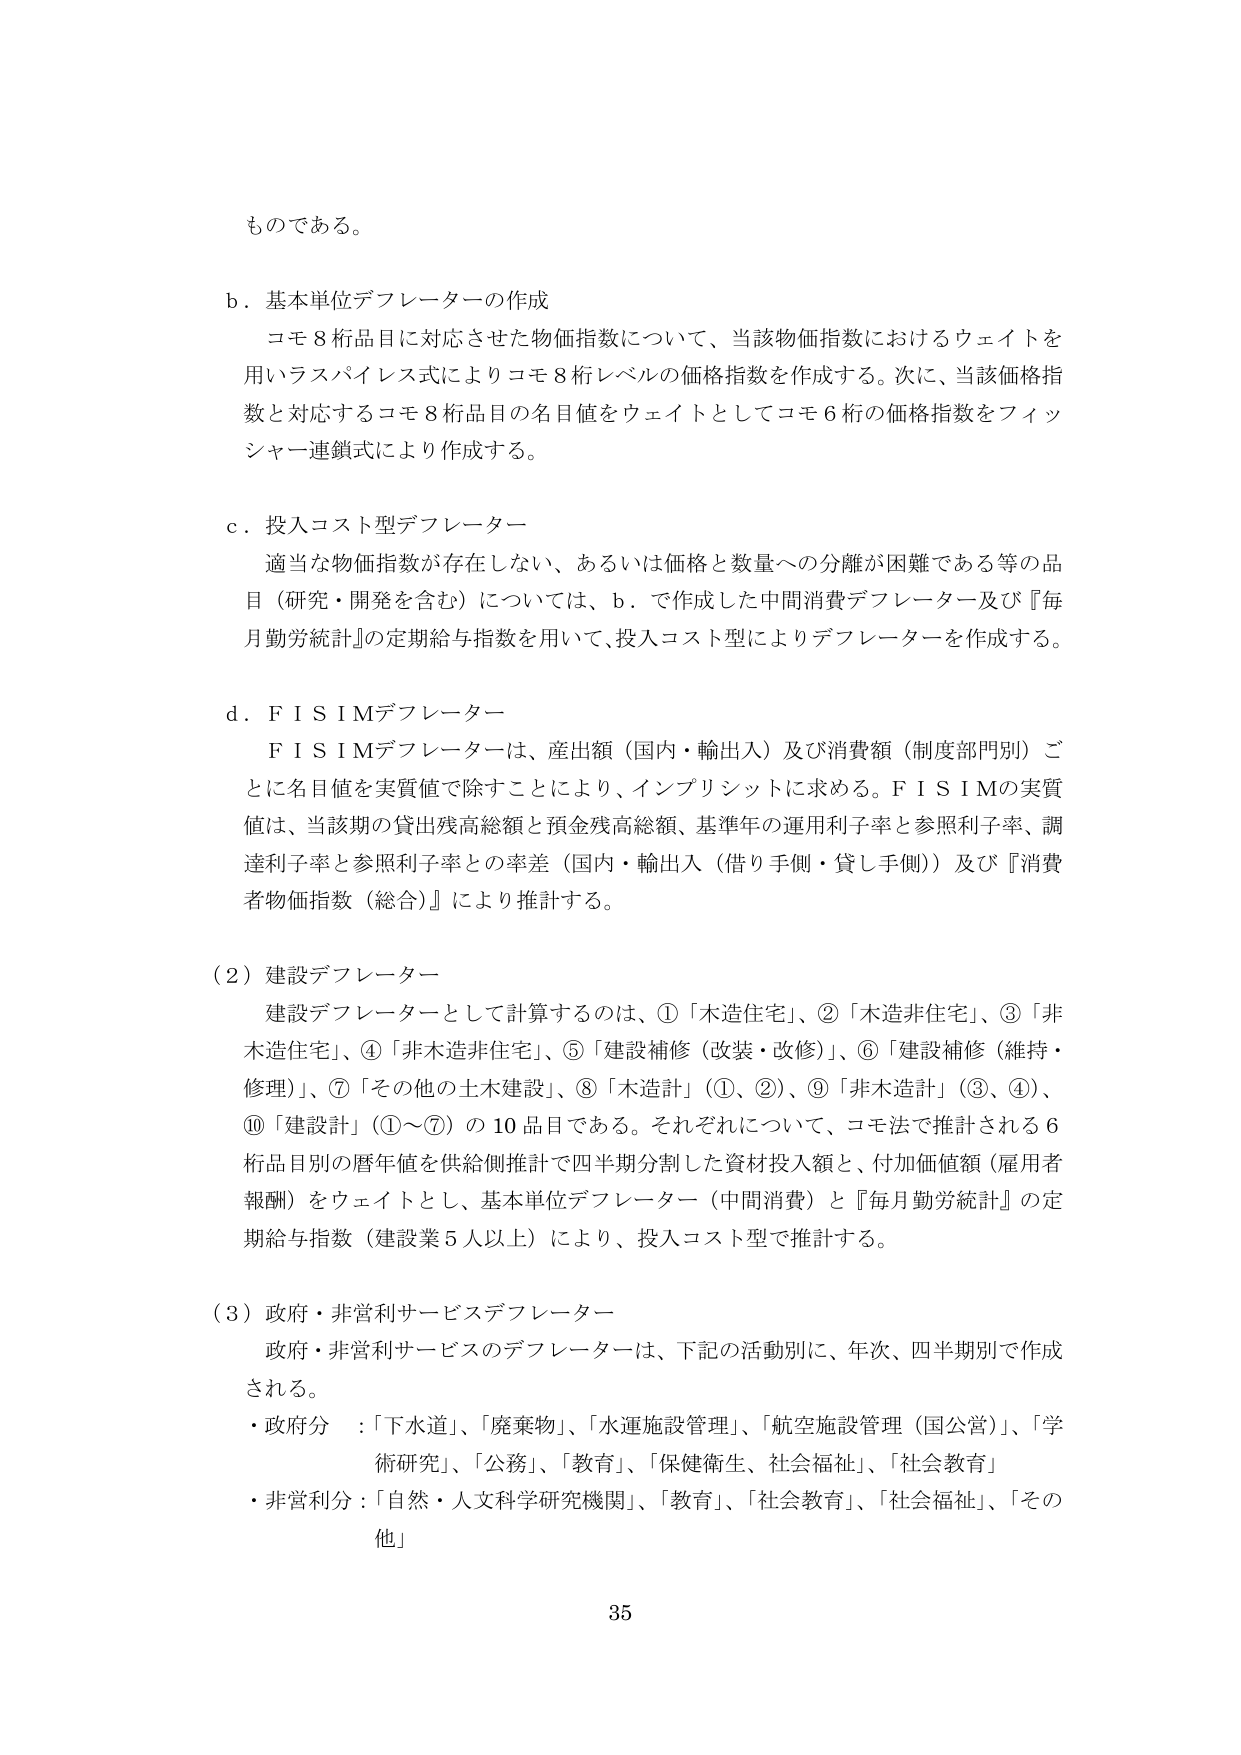
ものである。

b．基本単位デフレーターの作成
コモ8桁品目に対応させた物価指数について、当該物価指数におけるウェイトを
用いラスパイレス式によりコモ8桁レベルの価格指数を作成する。次に、当該価格指
数と対応するコモ8桁品目の名目値をウェイトとしてコモ6桁の価格指数をフィッ
シャー連鎖式により作成する。

c．投入コスト型デフレーター
適当な物価指数が存在しない、あるいは価格と数量への分離が困難である等の品
目（研究・開発を含む）については、b．で作成した中間消費デフレーター及び『毎
月勤労統計』の定期給与指数を用いて、投入コスト型によりデフレーターを作成する。

d．ＦＩＳＩＭデフレーター
ＦＩＳＩＭデフレーターは、産出額（国内・輸出入）及び消費額（制度部門別）ご
とに名目値を実質値で除すことにより、インプリシットに求める。ＦＩＳＩＭの実質
値は、当該期の貸出残高総額と預金残高総額、基準年の運用利子率と参照利子率、調
達利子率と参照利子率との率差（国内・輸出入（借り手側・貸し手側））及び『消費
者物価指数（総合）』により推計する。

（2）建設デフレーター
建設デフレーターとして計算するのは、①「木造住宅」、②「木造非住宅」、③「非
木造住宅」、④「非木造非住宅」、⑤「建設補修（改装・改修）」、⑥「建設補修（維持・
修理）」、⑦「その他の土木建設」、⑧「木造計」（①、②）、⑨「非木造計」（③、④）、
⑩「建設計」（①～⑦）の10品目である。それぞれについて、コモ法で推計される6
桁品目別の暦年値を供給側推計で四半期分割した資材投入額と、付加価値額（雇用者
報酬）をウェイトとし、基本単位デフレーター（中間消費）と『毎月勤労統計』の定
期給与指数（建設業5人以上）により、投入コスト型で推計する。

（3）政府・非営利サービスデフレーター
政府・非営利サービスのデフレーターは、下記の活動別に、年次、四半期別で作成
される。
・政府分 ：「下水道」、「廃棄物」、「水運施設管理」、「航空施設管理（国公営）」、「学
術研究」、「公務」、「教育」、「保健衛生、社会福祉」、「社会教育」
・非営利分：「自然・人文科学研究機関」、「教育」、「社会教育」、「社会福祉」、「その
他」

35